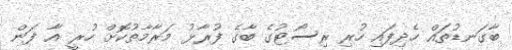
ބާގަނޑުތައް ހެދިފައި ހުރި ރިސޯޓުގެ ބާގެ ފުރާޅު މަރާމާތުކޮށް ހުރީ އާ ފަން